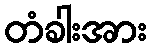
တံခါးအား